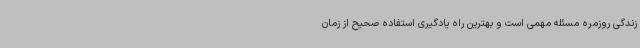
زندگی روزمره مسئله مهمی است و بهترین راه یادگیری استفاده صحیح از زمان